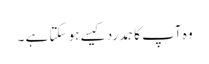
وہ آپ کا ہمدرد کیسے ہو سکتا ہے ۔